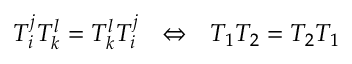
T _ { i } ^ { j } T _ { k } ^ { l } = T _ { k } ^ { l } T _ { i } ^ { j } \ \ \Leftrightarrow \ \ T _ { 1 } T _ { 2 } = T _ { 2 } T _ { 1 }